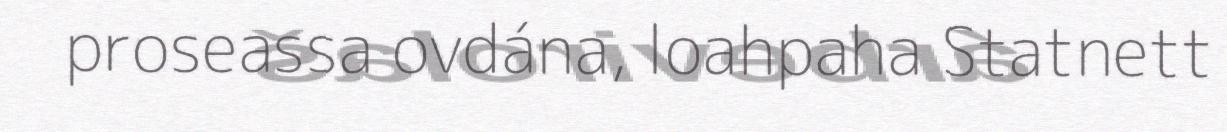
proseassa ovdána, loahpaha Statnett